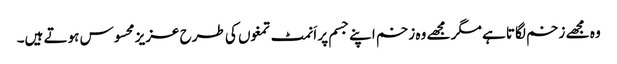
وہ مجھے زخم لگاتا ہے مگر مجھے وہ زخم اپنے جسم پر اَنمٹ تمغوں کی طرح عزیز محسوس ہوتے ہیں۔